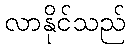
လာနိုင်သည်